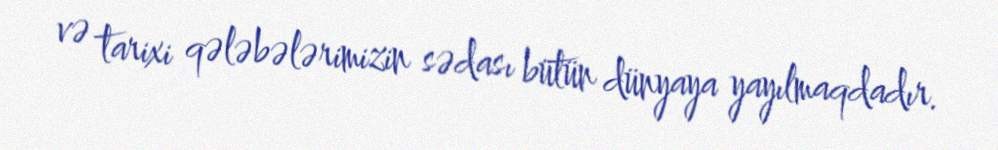
və tarixi qələbələrimizin sədası bütün dünyaya yayılmaqdadır.